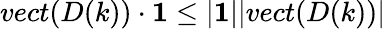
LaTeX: vect(D(k))\cdot\textbf{1}\leq|\textbf{1}||vect(D(k))|